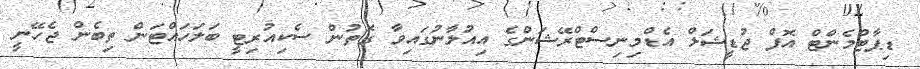
ޑިޕާޓްމެންޓް އޮފް ޖުޑީޝަލް އެޑްމިނިސްޓްރޭޝަންގެ އިއުލާނުގައިވާ ގޮތުން ސެކިއުރިޓީ ބަލަހައްޓަން ތިބެން ޖެހޭނީ